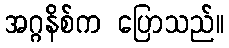
အဂ္ဂနိစ်က ပြောသည်။